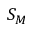
S _ { M }